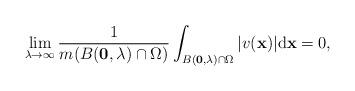
LaTeX: \begin{align*} \lim_{\lambda\to \infty}\frac{1}{m(B(\mathbf 0,\lambda)\cap\Omega)}\int_{B(\mathbf 0,\lambda)\cap \Omega}\vert v(\mathbf x)\vert \mathrm d \mathbf x=0, \end{align*}